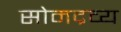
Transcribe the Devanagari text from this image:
सोमद्रव्य